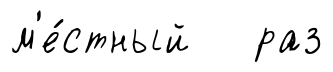
м'е́стный раз